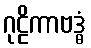
ဂုဠိကာဗဒ္ဓံ